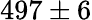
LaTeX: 497\pm 6